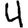
Digit: 4